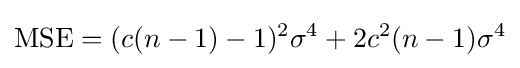
\operatorname {MSE} =(c(n-1)-1)^{2}\sigma ^{4}+2c^{2}(n-1)\sigma ^{4}